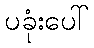
ပခုံးပေါ်